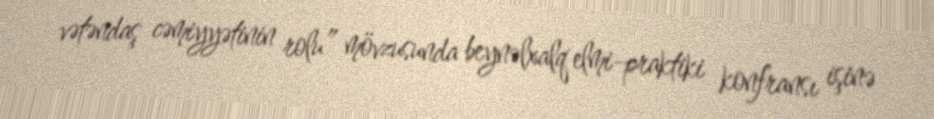
vətəndaş cəmiyyətinin rolu” mövzusunda beynəlxalq elmi-praktiki konfransı işinə